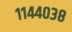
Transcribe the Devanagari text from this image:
११४४०३८